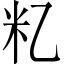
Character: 𬖋